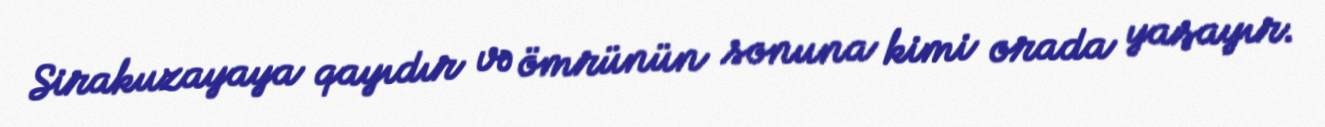
Sirakuzayaya qayıdır və ömrünün sonuna kimi orada yaşayır.